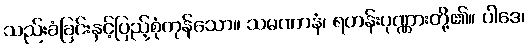
သည်းခံခြင်းနှင့်ပြည့်စုံကုန်သော။ သမဏာနံ၊ ရဟန်းပုဏ္ဏားတို့၏။ ပါဒေ၊